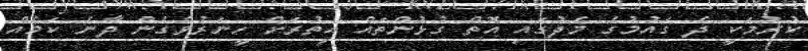
ކުރުމަކީ ދެ ގައުމުގެ މެދުގައި އޮތް ގުޅުންތައް އިތުރަށް ހީނަރުވެގެން ދާނެ ކަމެއް